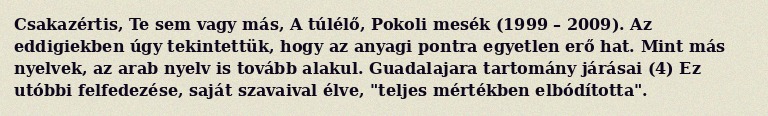
Csakazértis, Te sem vagy más, A túlélő, Pokoli mesék (1999 – 2009). Az eddigiekben úgy tekintettük, hogy az anyagi pontra egyetlen erő hat. Mint más nyelvek, az arab nyelv is tovább alakul. Guadalajara tartomány járásai (4) Ez utóbbi felfedezése, saját szavaival élve, "teljes mértékben elbódította".